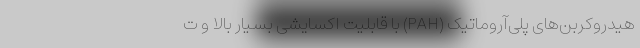
هیدروکربن‌های پلی‌آروماتیک (PAH) با قابلیت اکسایشی بسیار بالا و ت